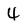
Character: 4